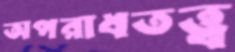
অপরাধতত্ত্ব